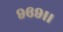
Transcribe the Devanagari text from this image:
९६९।।